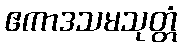
ဧကာဒသမသုတ္တံ